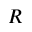
R